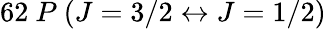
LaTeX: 62~P~({J=3/2}\leftrightarrow{J=1/2})